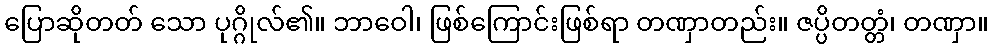
ပြောဆိုတတ် သော ပုဂ္ဂိုလ်၏။ ဘာဝေါ၊ ဖြစ်ကြောင်းဖြစ်ရာ တဏှာတည်း။ ဇပ္ပိတတ္တံ၊ တဏှာ။